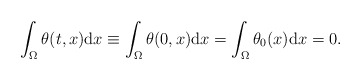
\begin{align*}\int_{\Omega} \theta(t, x) \mathrm{d} x \equiv \int_{\Omega} \theta(0, x) \mathrm{d} x = \int_{\Omega} \theta_{0}(x) \mathrm{d} x = 0. \end{align*}